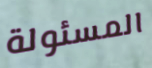
المسئولة